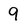
Character: 9